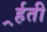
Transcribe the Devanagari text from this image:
र्र्हती